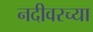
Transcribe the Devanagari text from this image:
नदीवरच्या